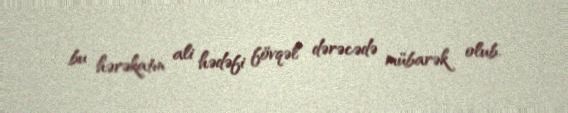
bu hərəkatın ali hədəfi fövqəl dərəcədə mübarək olub.